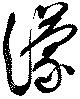
濛